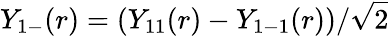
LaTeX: Y_{1-}(r)=(Y_{11}(r)-Y_{1-1}(r))/\sqrt{2}